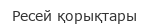
Ресей қорықтары